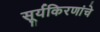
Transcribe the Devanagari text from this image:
सूर्यकिरणांचे